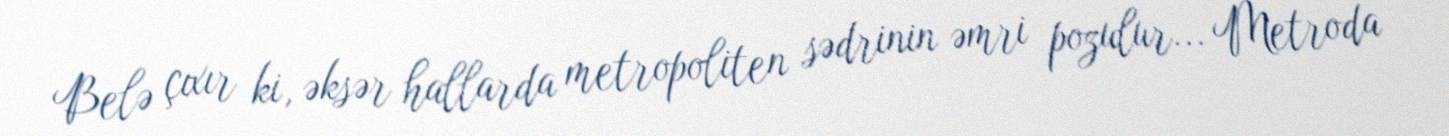
Belə çıxır ki, əksər hallarda metropoliten sədrinin əmri pozulur... Metroda